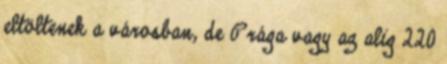
eltöltenek a városban, de Prága vagy az alig 220